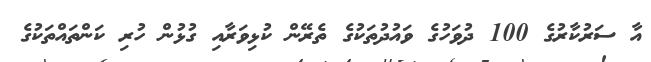
އާ ސަރުކާރުގެ 100 ދުވަހުގެ ވައުދުތަކުގެ ތެރޭން ކުޅިވަރާއި ގުޅުން ހުރި ކަންތައްތަކުގެ